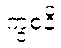
ကွစနိ